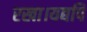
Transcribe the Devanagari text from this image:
रखा।यद्यपि